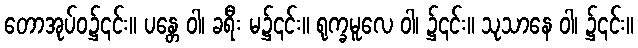
တောအုပ်ဝ၌၎င်း။ ပန္တေ ဝါ၊ ခရီး မ၌၎င်း။ ရုက္ခမူလေ ဝါ၊ ၌၎င်း။ သုသာနေ ဝါ၊ ၌၎င်း။